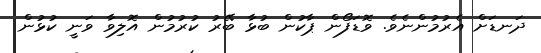
ދަނޑަށް އެރުމުންނެވެ. ވޮޑަފޯން ޕާކުން ބުޅާ ބޭރު ކުރުމުން އޮލިވާ ވަނީ ކުޅުން